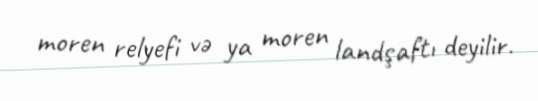
moren relyefi və ya moren landşaftı deyilir.